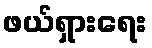
ဖယ်ရှားရေး